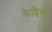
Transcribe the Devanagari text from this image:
केड़िया